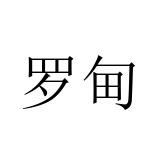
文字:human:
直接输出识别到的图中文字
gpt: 罗甸